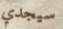
سيجدي